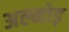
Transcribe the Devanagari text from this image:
अल्मोड़